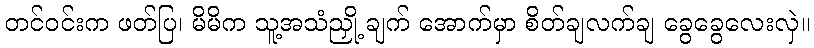
တင်ဝင်းက ဖတ်ပြ၊ မိမိက သူ့အသံညှို့ ချက် အောက်မှာ စိတ်ချလက်ချ ခွေခွေလေးလှဲ။